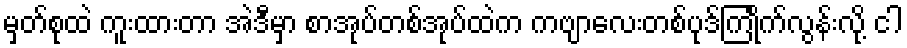
မှတ်စုထဲ ကူးထားတာ အဲဒီမှာ စာအုပ်တစ်အုပ်ထဲက ကဗျာလေးတစ်ပုဒ်ကြုိက်လွန်းလို့ ငါ